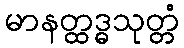
မာနတ္ထဒ္ဓသုတ္တံ